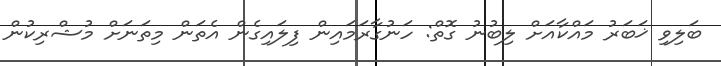
ބަލިވި ޚަބަރު މައްކާއަށް ލިބުނު ގޮތް: ހަނުގާރަމައިން ފިލައިގެން އެތަން މިތަނަށް މުޝްރިކުން